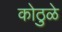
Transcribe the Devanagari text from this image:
कोठुळे